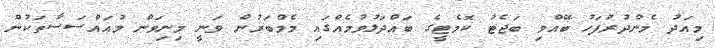
މިއަދު މެންދުރުފަހު ބޭއްވި ބަޖެޓު ކޮމެޓީގެ ބައްދަލުވުމެއްގައި މެމްބަރުން ވަނީ މިނިވަން މުއައްސަސާތަކުން